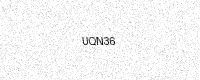
Text: UQN36